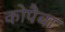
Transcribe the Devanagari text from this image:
कोपैबा